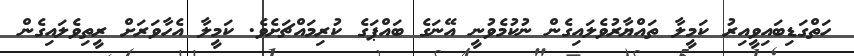
ހަތްގަޑިބައިވީއިރު ކަމީލާ ތައްޔާރުވެލައިގެން ނުކުމެވުނީ އޭނަގެ ބައްޕަގެ ކުރިމައްޗަށެވެ. ކަމީލާ އެހާވަރަށް ރީތިވެލައިގެން